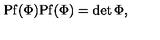
\mathrm { P f } ( \Phi ) \mathrm { P f } ( \Phi ) = \det \Phi ,